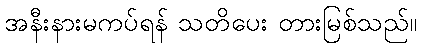
အနီးနားမကပ်ရန် သတိပေး တားမြစ်သည်။